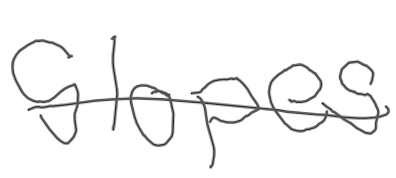
Text: slopes
Cross-out: single-line
Writing tool: digital_gray